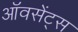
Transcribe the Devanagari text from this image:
ऑवसेंट्स